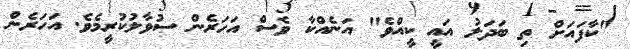
"ކާފައަށް ތި ބަދަލު އައީ ކީއްވެ" އަނެއްކާ ވެސް އަހަރެން ސުވާލުކުރީމެވެ. އަހަރެން